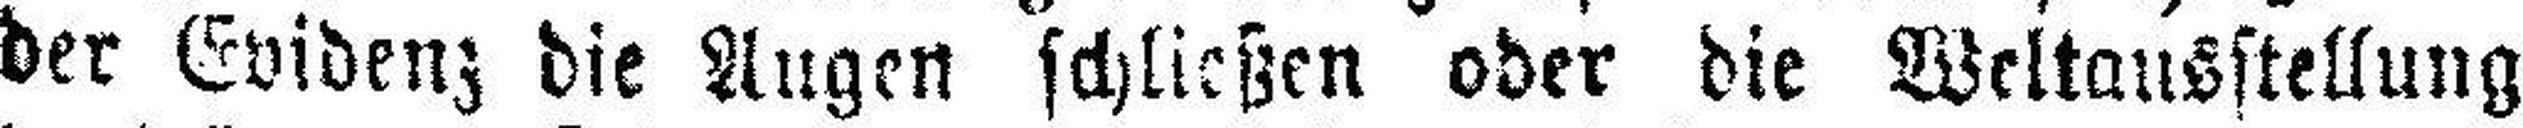
der Evidenz die Augen schließen oder die Weltausstellung